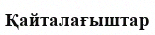
Қайталағыштар